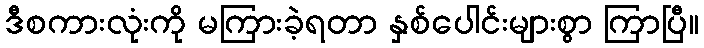
ဒီစကားလုံးကို မကြားခဲ့ရတာ နှစ်ပေါင်းများစွာ ကြာပြီ။